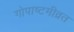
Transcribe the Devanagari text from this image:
गोपाष्टमीव्रत